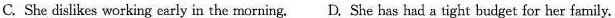
C. She dislikes working carly in the morning. D. She has had a tight budget for her family.